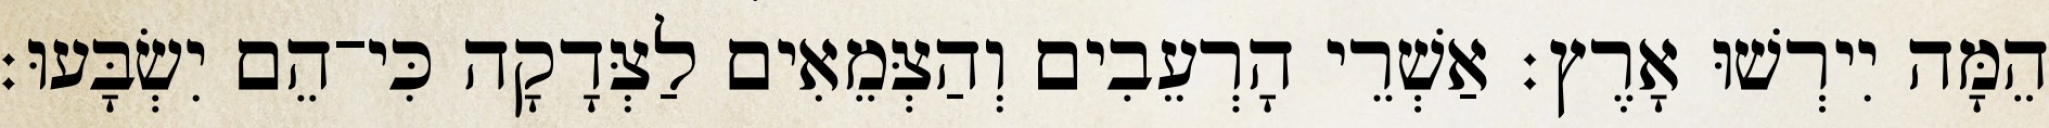
הֵמָּה יִירְשׁוּ אָרֶץ׃ אַשְׁרֵי הָרְעֵבִים וְהַצְּמֵאִים לַצְּדָקָה כִּי־הֵם יִשְׂבָּעוּ׃